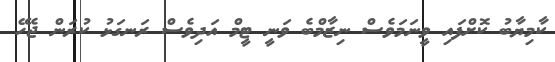
ކާމިޔާބު ކޮށްފައި ވީނަމަވެސް ނިޒާމްބެ ވަނީ ޓީމް އަދިވެސް ރަނގަޅު ކުރަން ޖެހޭ